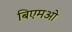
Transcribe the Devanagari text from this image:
बिएमओ